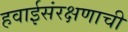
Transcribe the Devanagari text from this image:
हवाईसंरक्षणाची